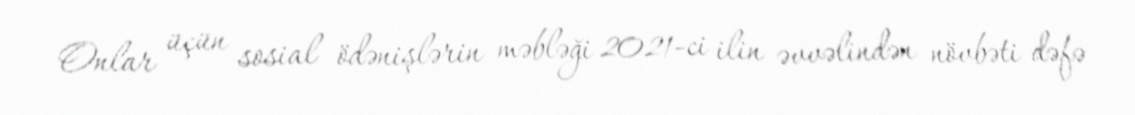
Onlar üçün sosial ödənişlərin məbləği 2021-ci ilin əvvəlindən növbəti dəfə